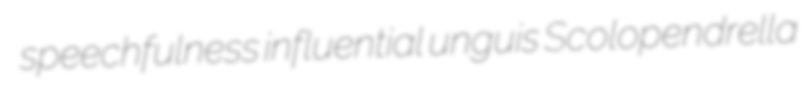
speechfulness influential unguis Scolopendrella